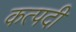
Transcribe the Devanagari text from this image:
कत्पदी